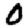
Digit: 0